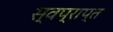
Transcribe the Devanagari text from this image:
स्वप्राप्त